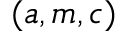
( a , m , c )